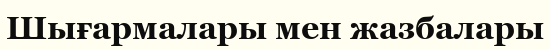
Шығармалары мен жазбалары